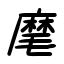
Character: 麾